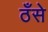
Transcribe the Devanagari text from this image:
ठँसे